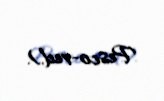
Pesco-red.).